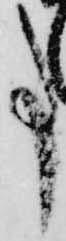
事